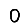
Digit: 0